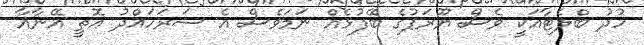
ހުދު ބްލެޓާއަކީ ވެސް ޔޫރަޕުގެ ބޭފުޅެއް ނަމަވެސް އެ ސަރަހައްދު އޮތީ އޭނާއާ